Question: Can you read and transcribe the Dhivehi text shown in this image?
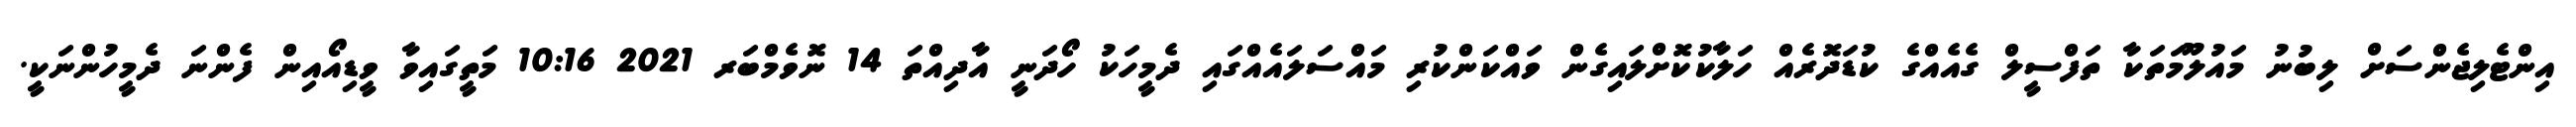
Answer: އިންޓެލިޖެންސަށް ލިބުނު މައުލޫމަތަކާ ތަފްސީލް ގެއެއްގެ ކުޑަދޮރެއް ހަލާކުކޮށްލައިގެން ވައްކަންކުރި މައްސަލައެއްގައި ދެމީހަކު ހޯދަނީ އާދިއްތަ 14 ނޮވެމްބަރ 2021 10:16 މަތީގައިވާ ވީޑިއޯއިން ފެންނަ ދެމީހުންނަކީ.